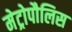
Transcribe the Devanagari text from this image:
मेट्रोपौलिस